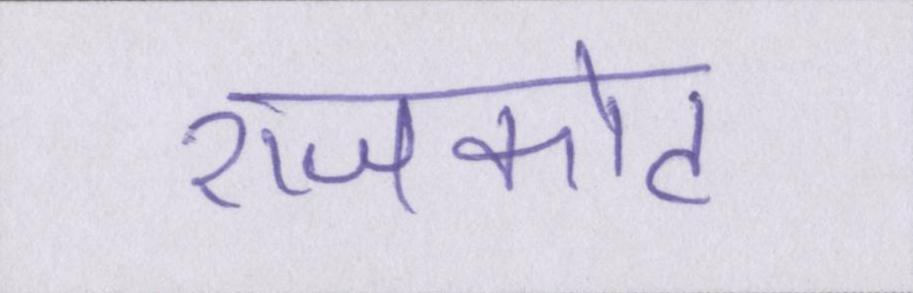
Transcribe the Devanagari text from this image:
राजकोट